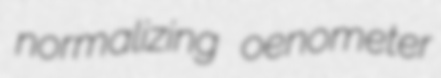
normalizing oenometer